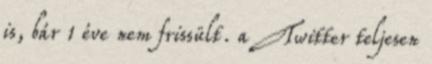
is, bár 1 éve nem frissült. a Twitter teljesen